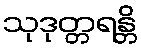
သုဒုတ္တရန္တိ